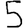
Digit: 5